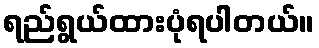
ရည်ရွယ်ထားပုံရပါတယ်။